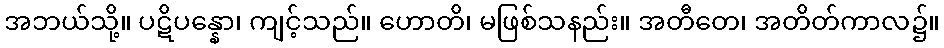
အဘယ်သို့။ ပဋိပန္နော၊ ကျင့်သည်။ ဟောတိ၊ မဖြစ်သနည်း။ အတီတေ၊ အတိတ်ကာလ၌။